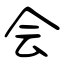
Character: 会